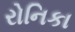
રોનિકા